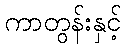
ကာတွန်းနှင့်